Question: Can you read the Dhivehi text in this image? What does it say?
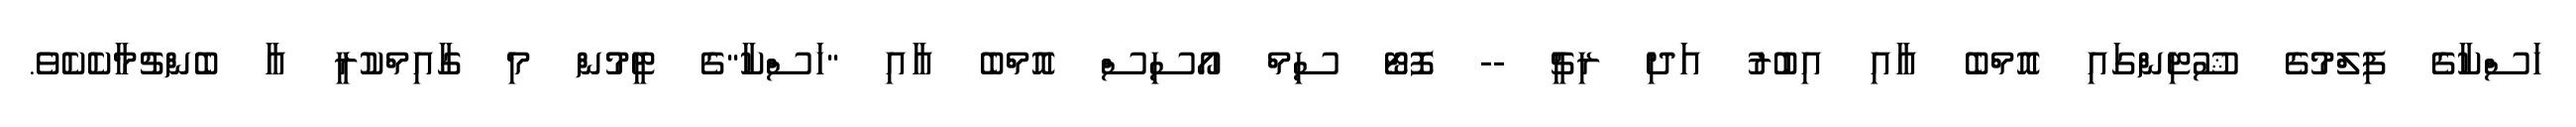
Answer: ހަސްކާގެ ފިލްމުގެ ޝޫޓިންގައި އޮމްބެ އާއި އިބުރު އަދި ރިޗީ -- ފޮޓޯ ސިމް އޯސިސް އޮމްބެ އާއި "ހަސްކާ"ގެ ޓީމުން މި ގާއިމްކުރީ އާ ބެންޗުމާކެކެވެ.